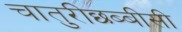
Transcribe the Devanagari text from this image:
चातुरीछब्बीसी